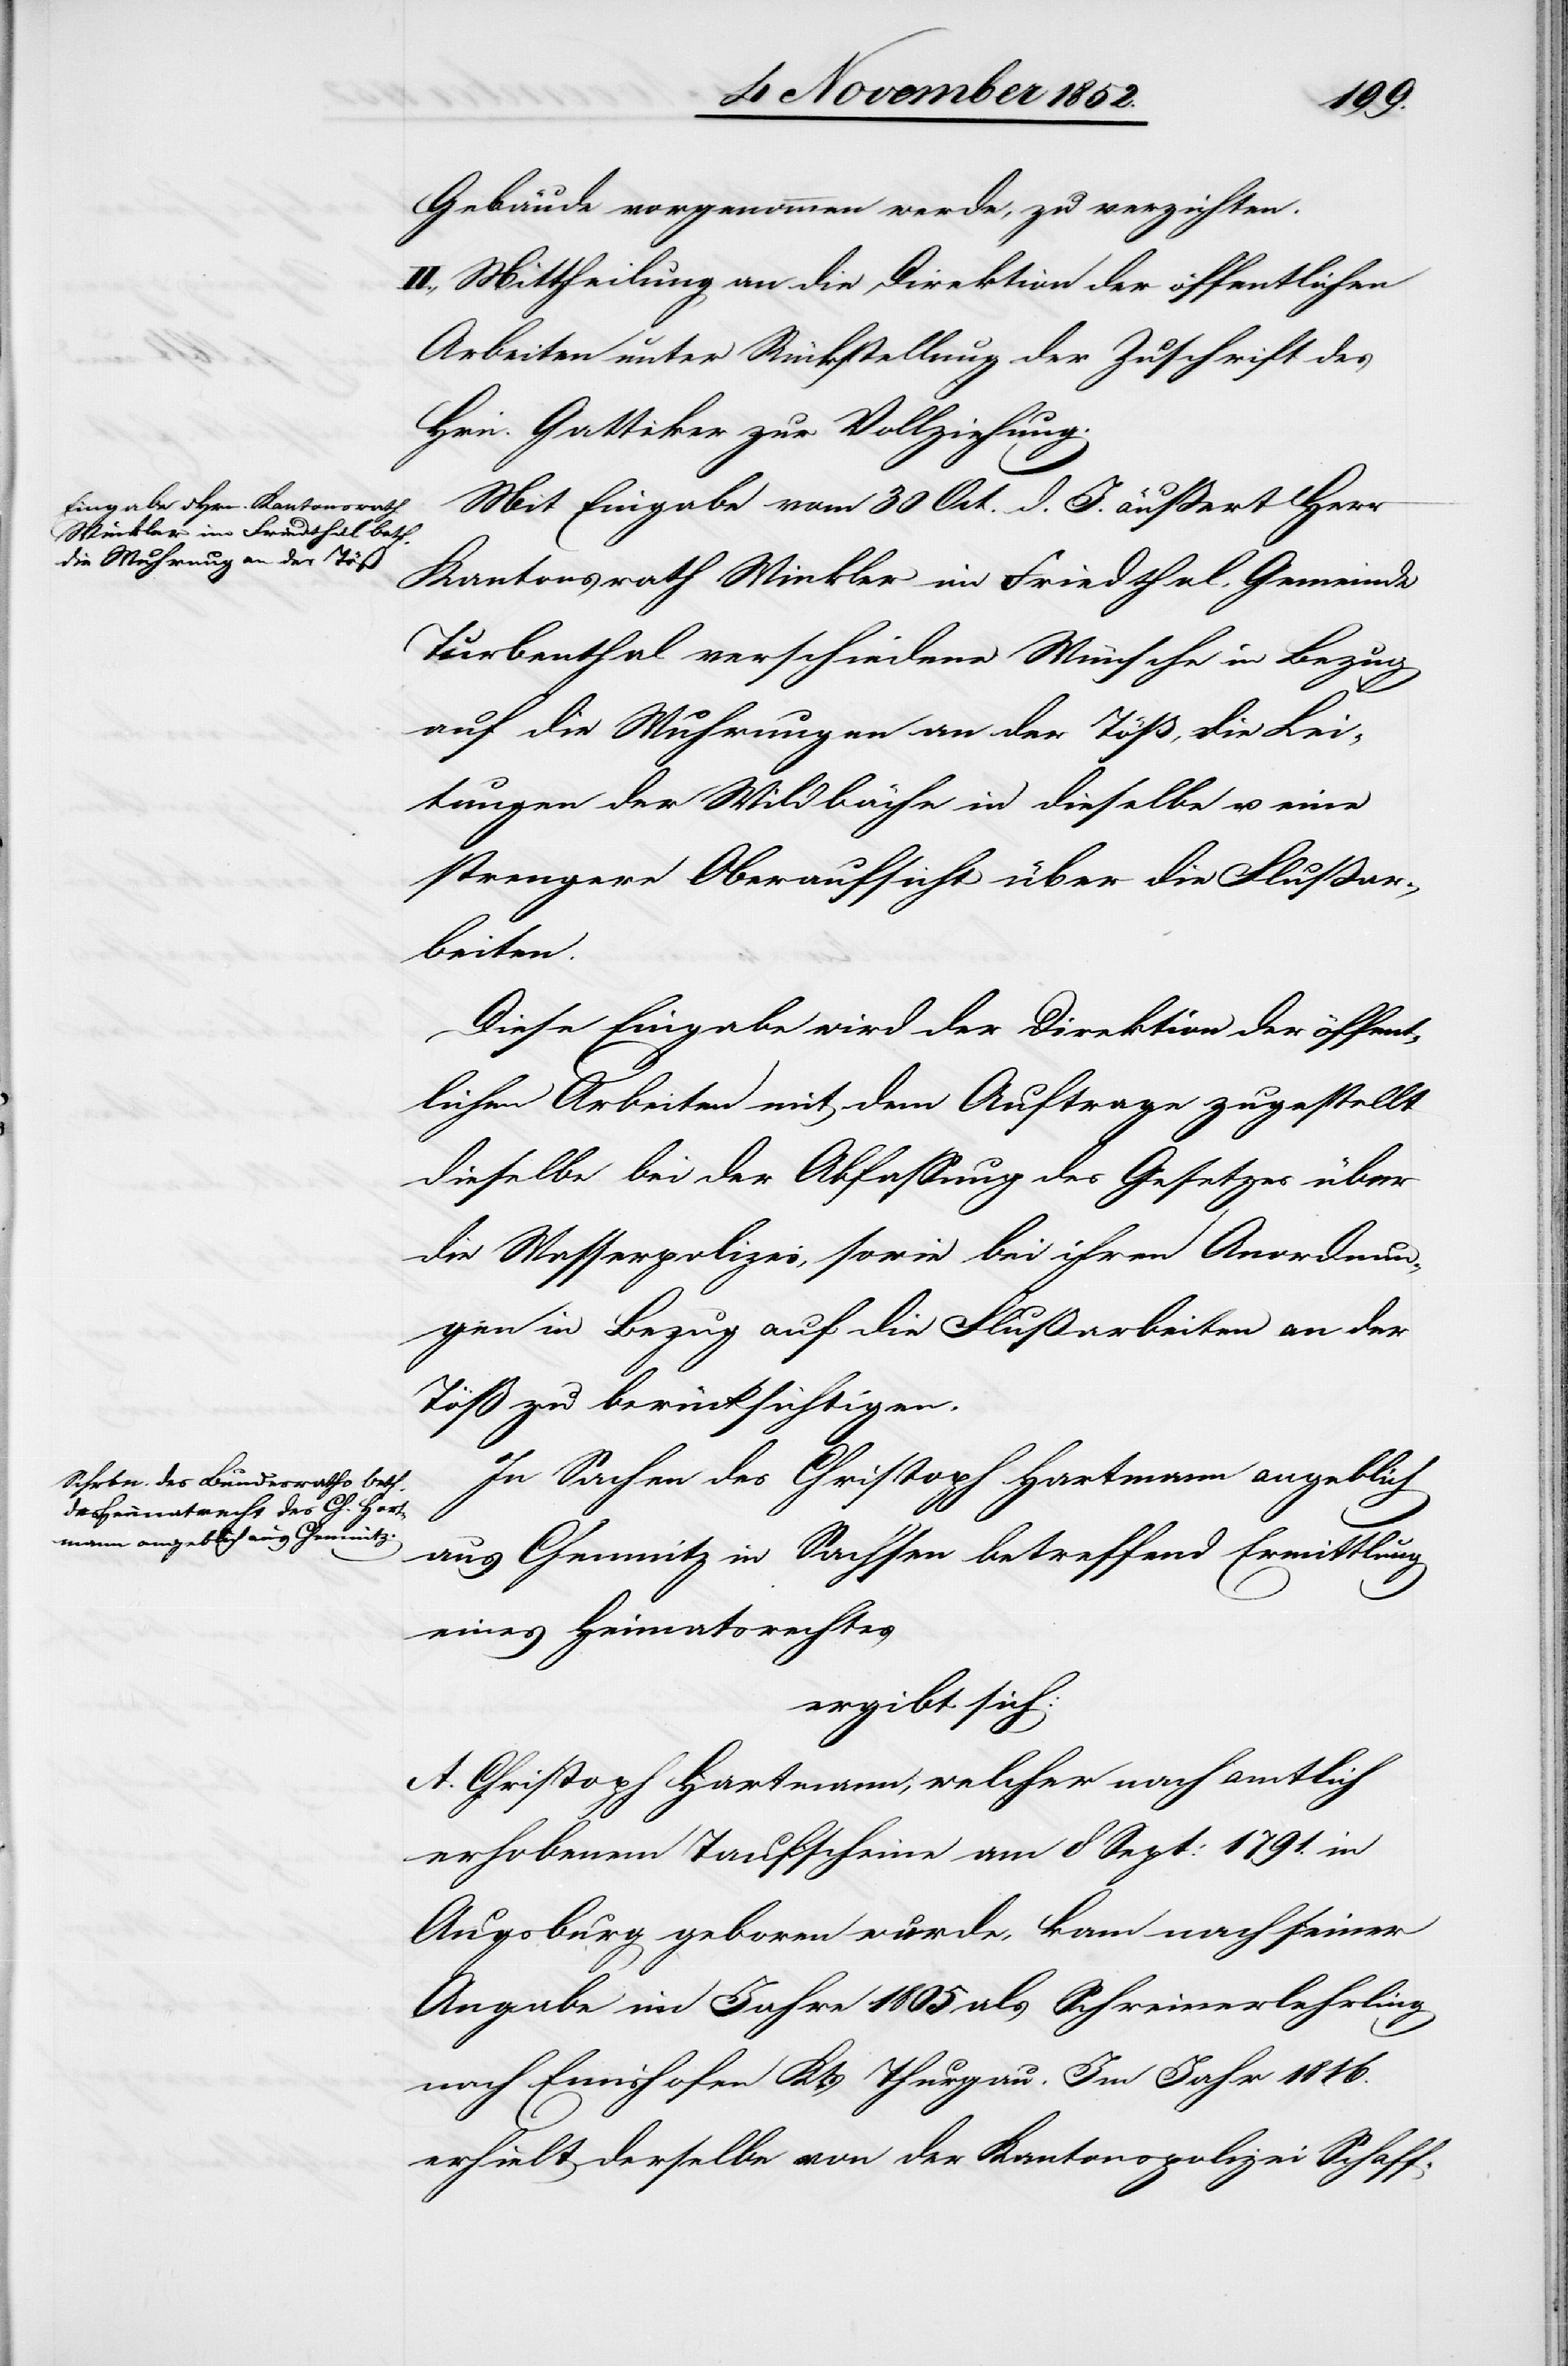
Gebäude vorgenommen werde, zu verzichten.
II., Mittheilung an die Direktion der öffentlichen
Arbeiten unter Rückstellung der Zuschrift des
Hrn. Gattiker zur Vollziehung.
Mit Eingabe vom 30 Oct. d. J. äußert Herr
Kantonsrath Winkler im Friedthal, Gemeinde
Turbenthal verschiedene Wünsche in Bezug
auf die Wuhrungen an der Töß, die Lei¬
tungen der Wildbäche in dieselbe u. eine
strengere Oberaufsicht über die Flußar¬
beiten.
Diese Eingabe wird der Direktion der öffent¬
lichen Arbeiten mit dem Auftrage zugestellt
dieselbe bei der Abfassung des Gesetzes über
die Wasserpolizei, sowie bei ihren Anordnun¬
gen in Bezug auf die Flußarbeiten an der
Töß zu berücksichtigen.
In Sachen des Christoph Hartmann angeblich
aus Chemnitz in Sachsen betreffend Ermittlung
eines Heimatsrechtes
ergibt sich:
A. Christoph Hartmann, welcher nach amtlich
erhobenem Taufscheine am 8 Sept: 1791. in
Augsburg geboren wurde, kam nach seiner
Angabe im Jahre 1805 als Schreinerlehrling
nach Emishofen Kts. Thurgau. Im Jahr 1816.
erhielt derselbe von der Kantonspolizei Schaff-